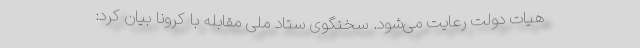
هیات دولت رعایت می‌شود. سخنگوی ستاد ملی مقابله با کرونا بیان کرد: